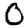
Digit: 0